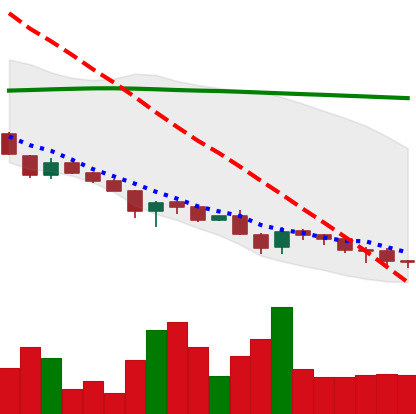
Ticker: DOGE-USD
Chart end date: 2018-11-27
Forward return: 7.619%
Label: up_7plus